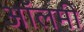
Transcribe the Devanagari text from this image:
ऑलमी